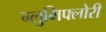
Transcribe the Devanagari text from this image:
ग्लुमिफ्लोरी